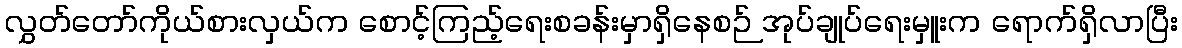
လွှတ်တော်ကိုယ်စားလှယ်က စောင့်ကြည့်ရေးစခန်းမှာရှိနေစဉ် အုပ်ချုပ်ရေးမှူးက ရောက်ရှိလာပြီး